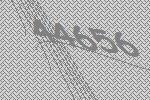
44656